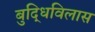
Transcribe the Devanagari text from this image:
बुद्धिविलास